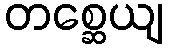
တစ္ဆေယျ